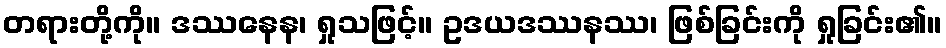
တရားတို့ကို။ ဒဿနေန၊ ရှုသဖြင့်။ ဥဒယဒဿနဿ၊ ဖြစ်ခြင်းကို ရှုခြင်း၏။